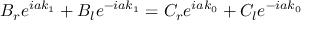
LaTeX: B _ { r } e ^ { i a k _ { 1 } } + B _ { l } e ^ { - i a k _ { 1 } } = C _ { r } e ^ { i a k _ { 0 } } + C _ { l } e ^ { - i a k _ { 0 } }